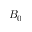
B _ { 0 }